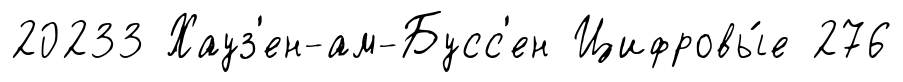
20233 Хауз'ен-ам-Бусс'ен Цифровы́е 276